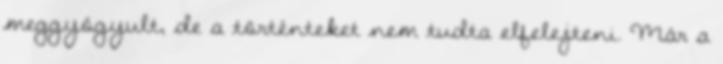
meggyógyult, de a történteket nem tudta elfelejteni. Már a